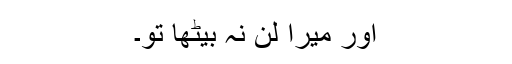
اور میرا لن نہ بیٹھا تو۔